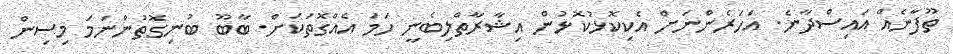
ތޫފާނެއް އައިސްދާނެ. އަހަރެންނަށް އެކިކޮޅުކޮޅުން އިޝާރާތްލިބެނީ ހަމަ އެއްގޮތަކަށް. ބާބޫ ބުނިގޮތުންނަމަ މިސިން